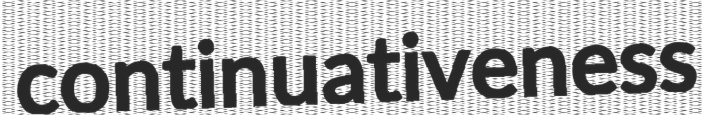
continuativeness